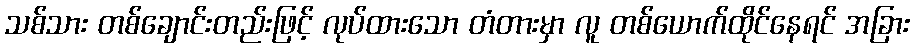
သစ်သား တစ်ချောင်းတည်းဖြင့် လုပ်ထားသော တံတားမှာ လူ တစ်ယောက်ထိုင်နေရင် အခြား